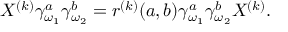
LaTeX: X ^ { ( k ) } \gamma _ { \omega _ { 1 } } ^ { a } \gamma _ { \omega _ { 2 } } ^ { b } = r ^ { ( k ) } ( a , b ) \gamma _ { \omega _ { 1 } } ^ { a } \gamma _ { \omega _ { 2 } } ^ { b } X ^ { ( k ) } .